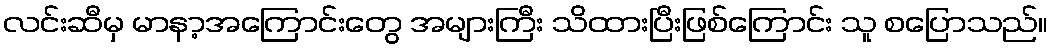
လင်းဆီမှ မာနာ့အကြောင်းတွေ အများကြီး သိထားပြီးဖြစ်ကြောင်း သူ စပြောသည်။